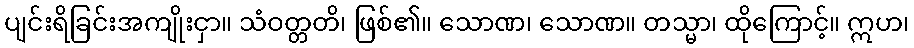
ပျင်းရိခြင်းအကျိုးငှာ။ သံဝတ္တတိ၊ ဖြစ်၏။ သောဏ၊ သောဏ။ တသ္မာ၊ ထိုကြောင့်။ ဣဟ၊